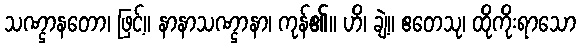
သဏ္ဌာနတော၊ ဖြင့်။ နာနာသဏ္ဌာနာ၊ ကုန်၏။ ဟိ၊ ချဲ့။ ဧတေသု၊ ထိုကိုးရာသော